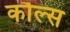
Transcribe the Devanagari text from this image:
कौल्स